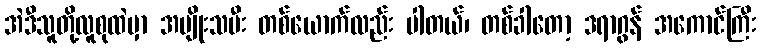
အဲဒီသူတို့လူစုထဲမှာ အမျိုးသမီး တစ်ယောက်လည်း ပါတယ်၊ တစ်ခါတော့ ဒရာဂွန် အကောင်ကြီး